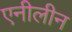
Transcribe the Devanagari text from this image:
एनीलीन